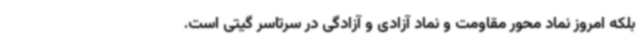
بلکه امروز نماد محور مقاومت و نماد آزادی و آزادگی در سرتاسر گیتی است.